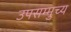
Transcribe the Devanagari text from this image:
उपसम्मुच्य